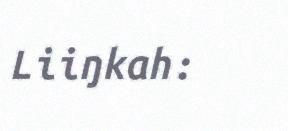
Liiŋkah: